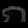
Digit: ၈